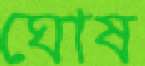
ঘোষ